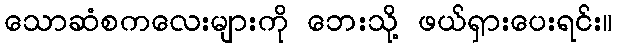
သောဆံစကလေးများကို ဘေးသို့ ဖယ်ရှားပေးရင်း။